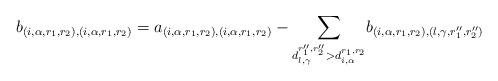
LaTeX: \begin{align*}b_{(i, \alpha, r_1, r_2), (i, \alpha, r_1, r_2)} = a_{(i, \alpha, r_1, r_2), (i, \alpha, r_1, r_2)} - \underset{d^{r''_1, r''_2}_{l, \gamma} > d^{r_1, r_2}_{i, \alpha}}{\sum} b_{(i, \alpha, r_1, r_2), (l, \gamma, r''_1, r''_2)}\end{align*}